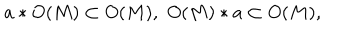
a * O ( M ) \subset O ( M ) , \, \, O ( M ) * a \subset O ( M ) ,